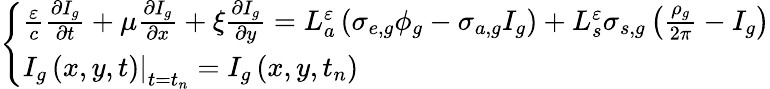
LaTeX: \left\{ \begin{array}{l}{{\frac{\varepsilon}{c}\frac{\partial I_{g}}{\partial t}+\mu\frac{\partial I_{g}}{\partial x}+\xi\frac{\partial I_{g}}{\partial y}=L_{a}^{\varepsilon}\left(\sigma_{e,g}\phi_{g}-\sigma_{a,g}I_{g}\right)+L_{s}^{\varepsilon}\sigma_{s,g}\left(\frac{\rho_{g}}{2\pi}-I_{g}\right)}}\\ {{\left.I_{g}\left(x,y,t\right)\right|_{t=t_{n}}=I_{g}\left(x,y,t_{n}\right)}}\end{array}\right.